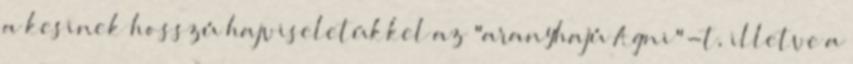
a kesinek hosszú hajviseletükkel az "aranyhajú Agni"-t, illetve a